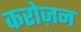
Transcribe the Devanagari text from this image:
करोज़न